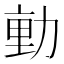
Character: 𭄴